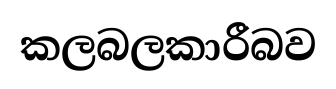
කලබලකාරීබව